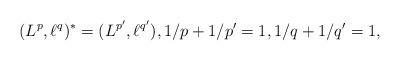
LaTeX: \begin{align*}(L^p,\ell^q)^\ast = (L^{p^{\prime}},\ell^{q^{\prime}}), 1/p + 1/p^{\prime}=1, 1/q + 1/q^{\prime}=1, \end{align*}